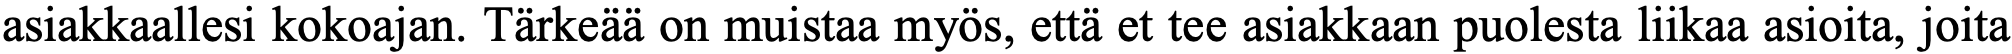
asiakkaallesi kokoajan. Tärkeää on muistaa myös, että et tee asiakkaan puolesta liikaa asioita, joita